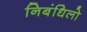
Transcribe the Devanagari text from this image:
निबंधिलो